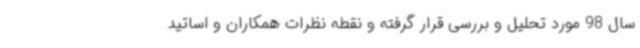
سال 98 مورد تحلیل و بررسی قرار گرفته و نقطه نظرات همکاران و اساتید